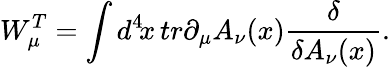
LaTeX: W_{\mu}^{T}=\int d^{4}\! x\, tr\partial_{\mu}A_{\nu}(x){\frac{\delta}{\delta A_{\nu}(x)}}.